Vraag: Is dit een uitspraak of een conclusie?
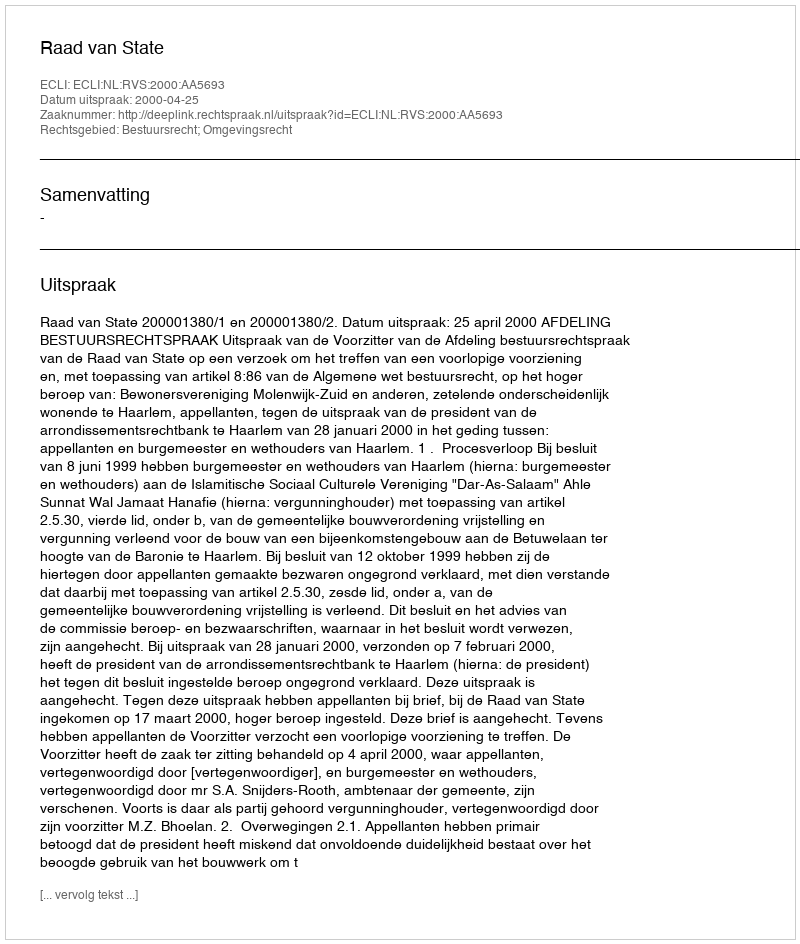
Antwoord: Uitspraak